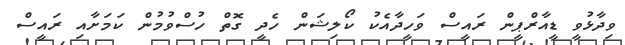
ވިދާޅުވީ ޑީއާރްޕީން ރައީސް ވަހީދާއެކު ކޯލިޝަން ހެދީ ގޮތް ހުސްވުމުން ކަމަށާއި ރައީސް